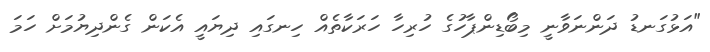
"އަޅުގަނޑު ދަންނަވާނީ މިބޯޑިންޕާހުގެ ހުރިހާ ހަރަކާތެއް ހިނގައި ދިޔައީ އެކަން ގެންދިޔުމަށް ހަމަ